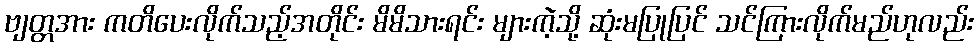
ဗျတ္တအား ကတိပေးလိုက်သည့်အတိုင်း မိမိသားရင်း များကဲ့သို့ ဆုံးမပြုပြင် သင်ကြားလိုက်မည်ဟုလည်း